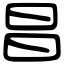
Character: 昌